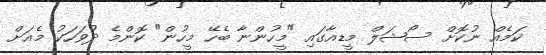
ކަމެއް ނުކޮށް ސޯޝަލް މީޑއާގައި "މީހުންނާ ބެހޭ މީހުން" ކޮންމެ ދުވަހަކު މެއަށް